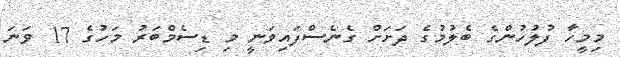
މިމީހާ ފުލުހުންގެ ބެލުމުގެ ދަށަށް ގެނެސްފައިވަނީ މި ޑިސެމްބަރު މަހުގެ 17 ވަނަ